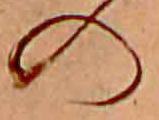
の